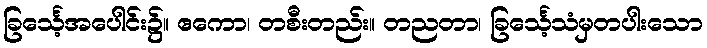
ခြင်္သေ့အပေါင်း၌။ ဧကော၊ တစီးတည်း။ တညတာ၊ ခြင်္သေ့သံမှတပါးသော